Annual report of the Camel Specialist
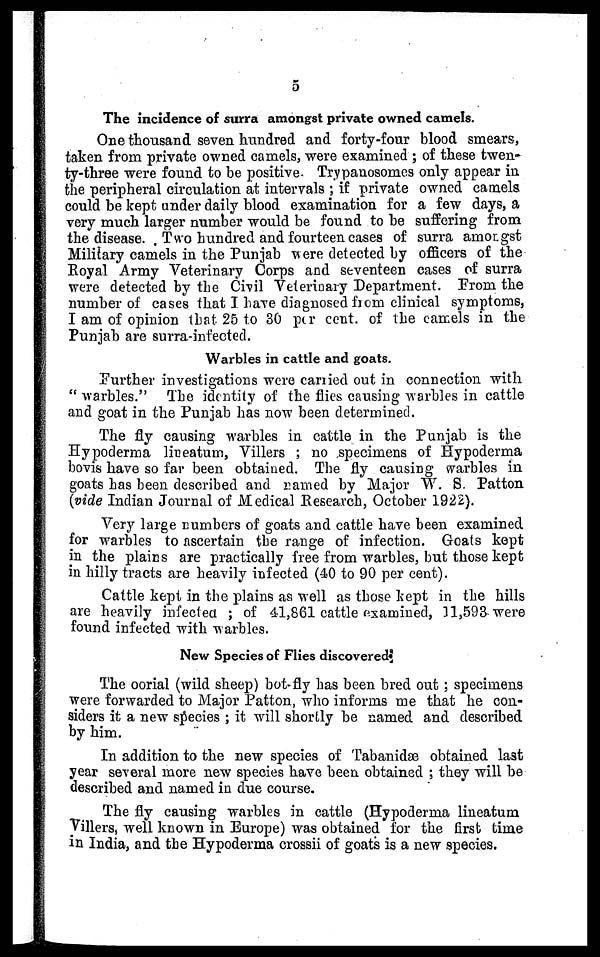
5
The incidence of surra amongst private owned camels.
One thousand seven hundred and forty-four blood smears,
taken from private owned camels, were examined ; of these twen-
ty-three were found to be positive. Trypanosomes only appear in
the peripheral circulation at intervals ; if private owned camels
could be kept under daily blood examination for a few days, a
very much larger number would be found to be suffering from
the disease. Two hundred and fourteen cases of surra amongst
Military camels in the Punjab were detected by officers of the
Royal Army Veterinary Corps and seventeen cases of surra
were detected by the Civil Veterinary Department. From the
number of cases that I have diagnosed from clinical symptoms,
I am of opinion that 25 to 30 per cent. of the camels in the
Punjab are surra-infected.
Warbles in cattle and goats.
Further investigations were carried out in connection with
" warbles." The identity of the flies causing warbles in cattle
and goat in the Punjab has now been determined.
The fly causing warbles in cattle in the Punjab is the
Hypoderma lineatum, Villers ; no specimens of Hypoderma
bovis have so far been obtained. The fly causing warbles in
goats has been described and named by Major W. S. Patton
(vide Indian Journal of Medical Research, October 1922).
Very large numbers of goats and cattle have been examined
for warbles to ascertain the range of infection. Goats kept
in the plains are practically free from warbles, but those kept
in hilly tracts are heavily infected (40 to 90 per cent).
Cattle kept in the plains as well as those kept in the hills
are heavily infected ; of 41,861 cattle examined, 11,593 were
found infected with warbles.
New Species of Flies discovered.
The oorial (wild sheep) bot-fly has been bred out; specimens
were forwarded to Major Patton, who informs me that he con-
siders it a new species ; it will shortly be named and described
by him.
In addition to the new species of Tabanidæ obtained last
year several more new species have been obtained ; they will be
described and named in due course.
The fly causing warbles in cattle (Hypoderma lineatum
Villers, well known in Europe) was obtained for the first time
in India, and the Hypoderma crossii of goats is a new species.